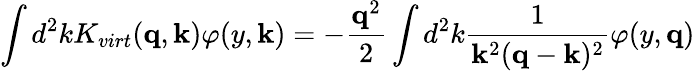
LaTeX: \int d^{2}kK_{virt}({\mathbf q},{\mathbf k})\varphi(y,{\mathbf k})=-{\frac{{\mathbf q}^{2}}{2}}\int d^{2}k{\frac{1}{{\mathbf k}^{2}({\mathbf q}-{\mathbf k})^{2}}}\varphi(y,{\mathbf q})